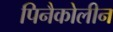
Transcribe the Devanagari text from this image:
पिनैकोलीन